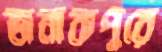
জনাকপুরে